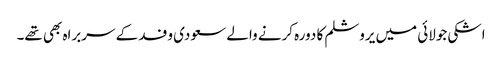
اشکی جولائی میں یروشلم کا دورہ کرنے والے سعودی وفد کے سربراہ بھی تھے۔